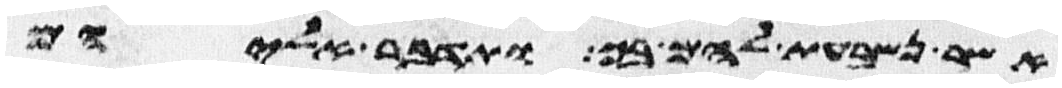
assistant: אשר נשבעת להם בך ותדבר אליהם